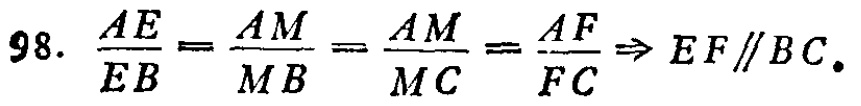
98. \(\frac{AE}{EB}=\frac{AM}{MB}=\frac{AM}{MC}=\frac{AF}{FC}\Rightarrow EF\parallel BC\).